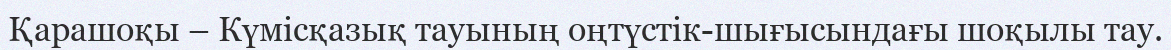
Қарашоқы – Күмісқазық тауының оңтүстік-шығысындағы шоқылы тау.